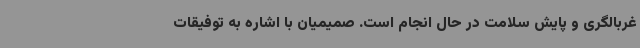
غربالگری و پایش سلامت در حال انجام است. صمیمیان با اشاره به توفیقات